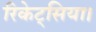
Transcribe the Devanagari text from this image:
रिकेट्सिया।